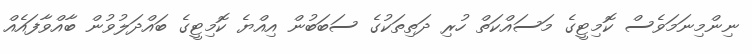
ނިންމިނަމަވެސް ކޮމިޓީގެ މަސައްކަތް ހުރި ދަތިތަކުގެ ސަބަބުން އިއްޔެ ކޮމިޓީގެ ބައްދަލުވުން ބާއްވާފައެއް